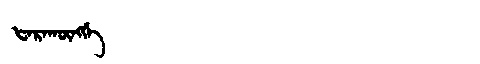
Manchu: ᡶᠠᡵᠠᡴᡡᠩᡤᡝ
Romanization: FARAKŪNGGE